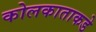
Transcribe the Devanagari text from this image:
कोलकाताकडे